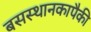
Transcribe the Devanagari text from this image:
बसस्थानकापैकी